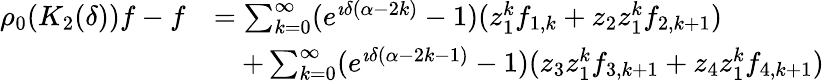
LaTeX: \begin{array}{rl}{\rho_{0}(K_{2}(\delta))f-f}&{=\sum_{k=0}^{\infty}(e^{\imath\delta(\alpha-2k)}-1)(z_{1}^{k}f_{1,k}+z_{2}z_{1}^{k}f_{2,k+1})}\\ &{\quad+\sum_{k=0}^{\infty}(e^{\imath\delta(\alpha-2k-1)}-1)(z_{3}z_{1}^{k}f_{3,k+1}+z_{4}z_{1}^{k}f_{4,k+1})}\end{array}